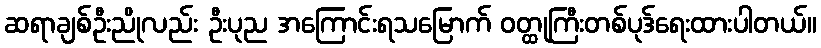
ဆရာချစ်ဦးညိုလည်း ဦးပုည အကြောင်းရသမြောက် ဝတ္ထုကြီးတစ်ပုဒ်ရေးထားပါတယ်။